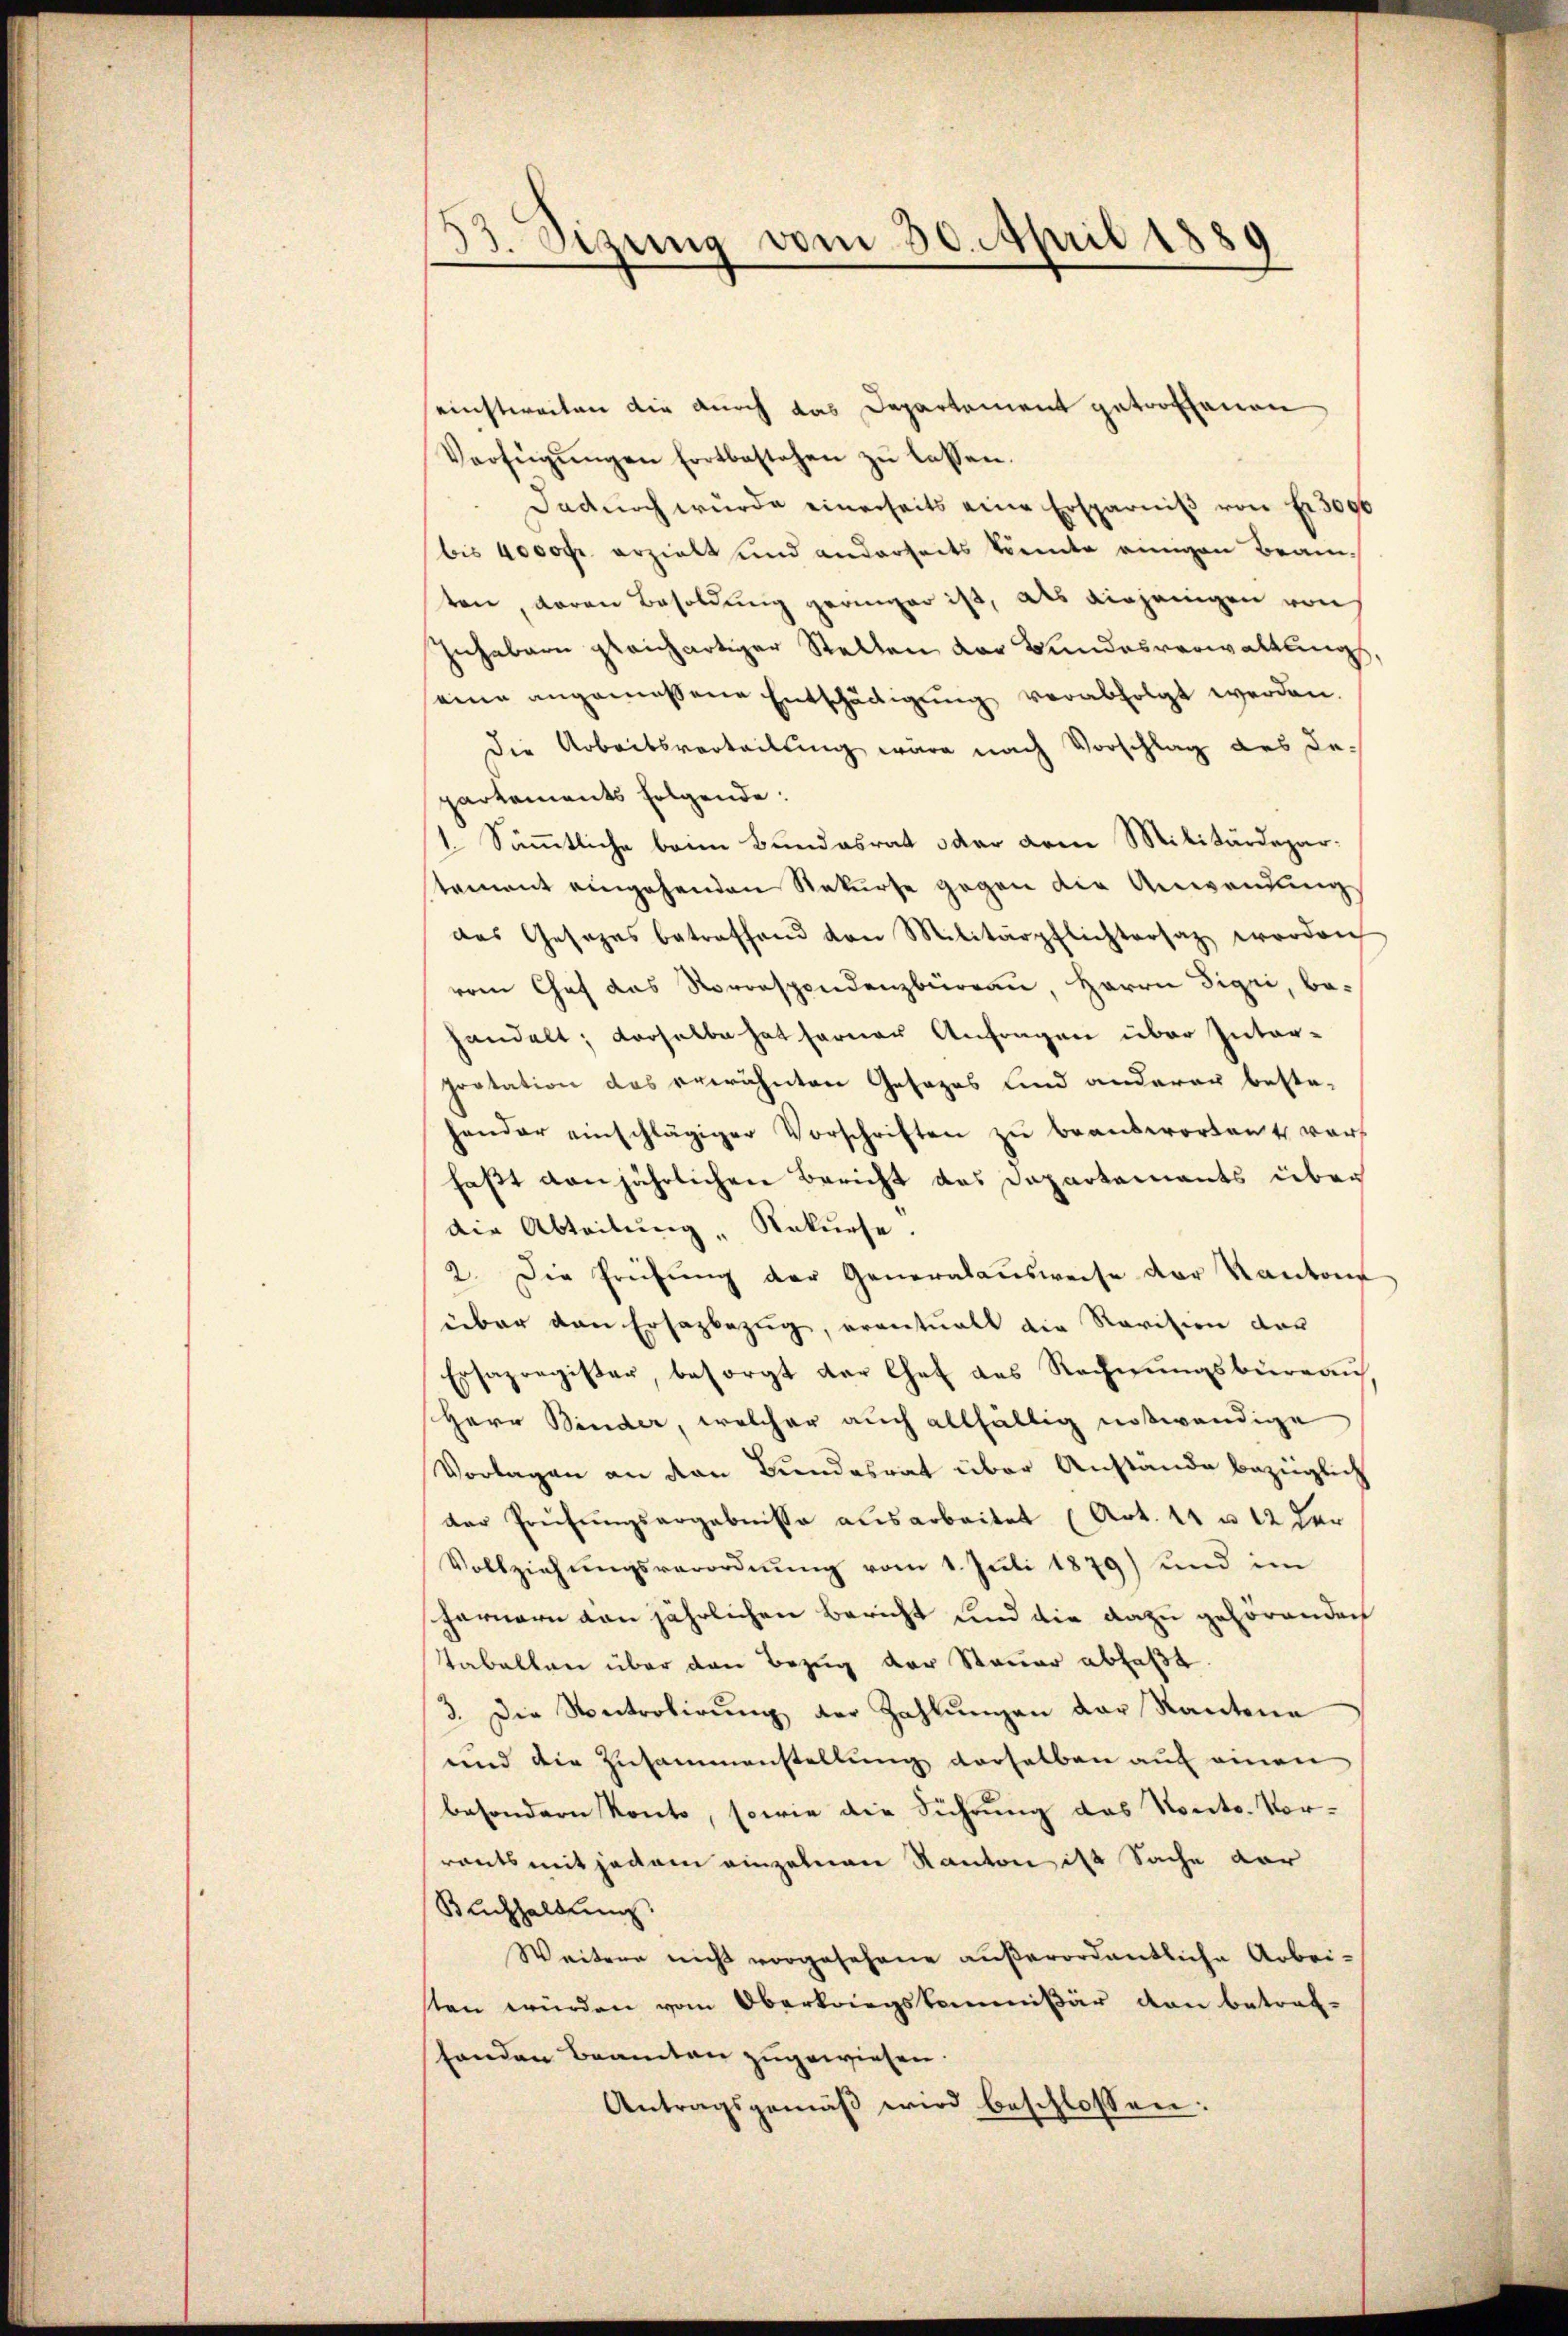
d
Sizung vom 30. April 1889

einstweilen die durch das Departement getroffenen
Verfügŭngen fortbestehen zŭ lassen.
Dadŭrch wurde einerseits eine Ersparniβ von Fr. 3096
bis 4000fr. erzielt und anderseits könnte einigen Beam-
ten, daran Besoldung geringer ist, als diejenigen von
Inhabern gleichartiger Stellen der Bundesverwaltung
seine angemessene Entschädigŭng verabfolgt werden.
die Arbeitsverteilung wäre nach Vorschlag des Departements folgende:
1. Sämmtliche beim Bundesrat oder vom Militärdepartament eingehenden Rekurse gegen die Anwendung
das Gesezes betreffend von Militärpflichtersatz worden
rem Chef das Vorrespondenzbüreau, Herrn Sigri, be-
handelt; derselbe hat ferner Anfragen über Interpretation des erwähnten Gesezes sind anderer beste-
hander einschlägiger Vorschriften zu beantworten vor
fast von jährlichen Bericht des Departements über
die Abteilung Rekurse.
2. Die Prüfŭng der Generalaŭsweise der Kantons
über den Ersazbezug, eventualt die Revision der
Ersapregister, besorgt der Chef das Rechnungsbüreau
Herr Binder, welcher auch allfältig notwendige
Vorlagen an den Bundesrat über Anstände bezüglich
der Prüfŭngsergebnisse ausarbeitet (Art. 11 u 12 der
Vollziehungsverordnung vom 1. Juli 1879) und im
farnern von jährlichen Bericht und die dazu gehörenden
Tabellen über den Bezug der Steuer abfaßt.
3. Die Nectrolirung der Zahlungen der Kantona
und die Zusammenstellung derselben auf einen
besondern Konto, sowie die Führung das Vonto. Vorrants mit jedem einzelnen Kanton ist Sache dar
Buchhaltung.
Weitere nicht vorgesehene außerordentliche Arbei-
sten würden vom Oberkriegskommißär den betraf-
handen Beamten zugewiesen.
Antragsgemäß wird beschlossen: